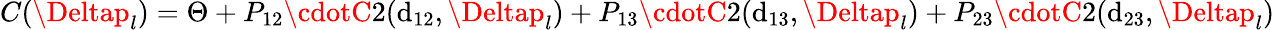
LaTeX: C(\Deltap_{l})=\Theta+P_{12}\cdotC2(\mathrm{d}_{12},\Deltap_{l})+P_{13}\cdotC2(\mathrm{d}_{13},\Deltap_{l})+P_{23}\cdotC2(\mathrm{d}_{23},\Deltap_{l})